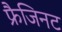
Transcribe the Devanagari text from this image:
फ्रैजिनट